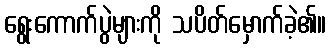
ရွေးကောက်ပွဲများကို သပိတ်မှောက်ခဲ့၏။